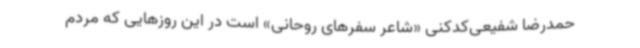
حمدرضا شفیعی‌کدکنی «شاعر سفرهای روحانی» است در این روزهایی که مردم